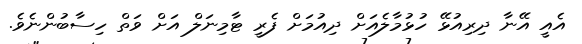
އެއީ އޭނާ ދިރިއުޅޭ ހުޅުމާލެއަށް ދިއުމަށް ފެރީ ޓާމިނަލް އަށް ވަތް ހިސާބުންނެވެ.